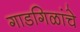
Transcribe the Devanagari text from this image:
गाडगिळांचे